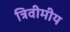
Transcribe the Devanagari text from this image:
त्रिवीमीय